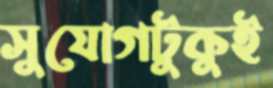
সুযোগটুকুই